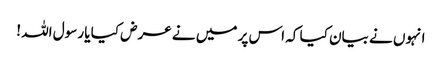
انہوں نے بیان کیا کہ اس پر میں نے عرض کیا یا رسول اللہ !